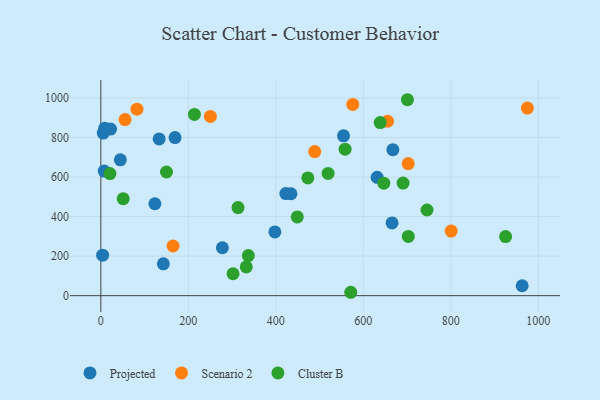
{"axis": {"x": "Investment", "y": "Rating"}, "legend": ["Cluster B", "Projected", "Scenario 2"], "data": [{"x": "665.6", "y": 367.7, "type": "Projected"}, {"x": "434.6", "y": 515.6, "type": "Projected"}, {"x": "667.5", "y": 738.2, "type": "Projected"}, {"x": "7.8", "y": 630.1, "type": "Projected"}, {"x": "5.6", "y": 822.2, "type": "Projected"}, {"x": "554.7", "y": 808.5, "type": "Projected"}, {"x": "277.8", "y": 242.2, "type": "Projected"}, {"x": "631.5", "y": 598.7, "type": "Projected"}, {"x": "9.0", "y": 847.2, "type": "Projected"}, {"x": "123.5", "y": 464.9, "type": "Projected"}, {"x": "142.9", "y": 161.1, "type": "Projected"}, {"x": "44.6", "y": 687.0, "type": "Projected"}, {"x": "133.3", "y": 792.8, "type": "Projected"}, {"x": "963.0", "y": 50.0, "type": "Projected"}, {"x": "422.8", "y": 516.4, "type": "Projected"}, {"x": "4.1", "y": 204.6, "type": "Projected"}, {"x": "169.6", "y": 799.7, "type": "Projected"}, {"x": "397.8", "y": 322.4, "type": "Projected"}, {"x": "22.2", "y": 842.5, "type": "Projected"}, {"x": "488.9", "y": 729.0, "type": "Scenario 2"}, {"x": "800.7", "y": 326.6, "type": "Scenario 2"}, {"x": "575.9", "y": 967.5, "type": "Scenario 2"}, {"x": "82.6", "y": 943.3, "type": "Scenario 2"}, {"x": "165.1", "y": 251.2, "type": "Scenario 2"}, {"x": "974.9", "y": 948.8, "type": "Scenario 2"}, {"x": "55.3", "y": 890.5, "type": "Scenario 2"}, {"x": "250.4", "y": 906.7, "type": "Scenario 2"}, {"x": "655.4", "y": 882.1, "type": "Scenario 2"}, {"x": "702.5", "y": 667.9, "type": "Scenario 2"}, {"x": "213.9", "y": 916.7, "type": "Cluster B"}, {"x": "302.2", "y": 110.8, "type": "Cluster B"}, {"x": "638.5", "y": 875.3, "type": "Cluster B"}, {"x": "449.0", "y": 398.5, "type": "Cluster B"}, {"x": "519.4", "y": 618.1, "type": "Cluster B"}, {"x": "313.5", "y": 445.5, "type": "Cluster B"}, {"x": "473.1", "y": 595.5, "type": "Cluster B"}, {"x": "51.1", "y": 490.7, "type": "Cluster B"}, {"x": "150.1", "y": 625.6, "type": "Cluster B"}, {"x": "571.2", "y": 17.1, "type": "Cluster B"}, {"x": "337.1", "y": 202.9, "type": "Cluster B"}, {"x": "745.5", "y": 433.4, "type": "Cluster B"}, {"x": "925.1", "y": 298.9, "type": "Cluster B"}, {"x": "332.4", "y": 145.3, "type": "Cluster B"}, {"x": "702.7", "y": 299.8, "type": "Cluster B"}, {"x": "558.3", "y": 740.8, "type": "Cluster B"}, {"x": "20.8", "y": 617.3, "type": "Cluster B"}, {"x": "646.7", "y": 569.0, "type": "Cluster B"}, {"x": "700.7", "y": 991.1, "type": "Cluster B"}, {"x": "690.8", "y": 569.6, "type": "Cluster B"}]}